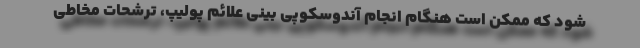
شود که ممکن است هنگام انجام آندوسکوپی بینی علائم پولیپ، ترشحات مخاطی